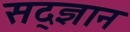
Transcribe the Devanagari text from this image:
सद्ज्ञान